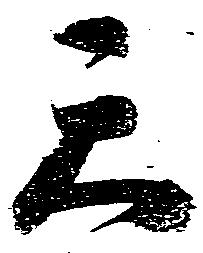
天